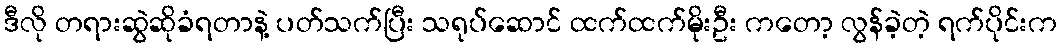
ဒီလို တရားဆွဲဆိုခံရတာနဲ့ ပတ်သက်ပြီး သရုပ်ဆောင် ထက်ထက်မိုးဦး ကတော့ လွန်ခဲ့တဲ့ ရက်ပိုင်းက